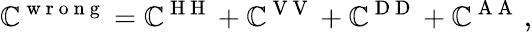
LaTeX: \mathbb{C}^{\mathrm{{~w~r~o~n~g~}}}=\mathbb{C}^{\mathrm{{~H~H~}}}+\mathbb{C}^{\mathrm{{~V~V~}}}+\mathbb{C}^{\mathrm{{~D~D~}}}+\mathbb{C}^{\mathrm{{~A~A~}}}\, ,